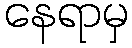
နေရာမှ